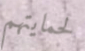
لحمايتهم